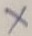
Text: X